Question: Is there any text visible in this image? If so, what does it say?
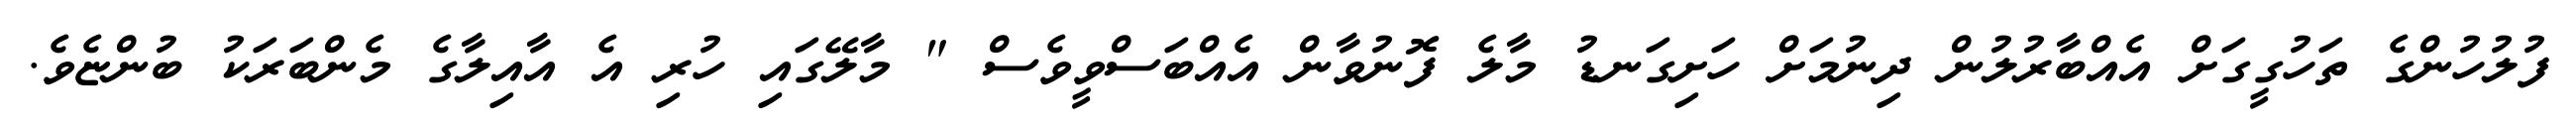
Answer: ފުލުހުންގެ ތަހުގީގަށް އެއްބާރުލުން ދިނުމަށް ހަށިގަނޑު މާލެ ފޮނުވާން އެއްބަސްވީވެސް " މާލޭގައި ހުރި އެ އާއިލާގެ މެންބަރަކު ބުންޏެވެ.